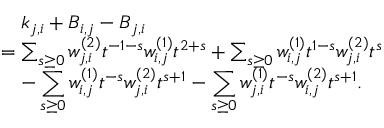
\begin{array} { r l } & { \quad k _ { j , i } + B _ { i , j } - B _ { j , i } } \\ & { = \sum _ { s \geq 0 } w _ { j , i } ^ { ( 2 ) } t ^ { - 1 - s } w _ { i , j } ^ { ( 1 ) } t ^ { 2 + s } + \sum _ { s \geq 0 } w _ { i , j } ^ { ( 1 ) } t ^ { 1 - s } w _ { j , i } ^ { ( 2 ) } t ^ { s } } \\ & { \quad - \displaystyle \sum _ { s \geq 0 } w _ { i , j } ^ { ( 1 ) } t ^ { - s } w _ { j , i } ^ { ( 2 ) } t ^ { s + 1 } - \displaystyle \sum _ { s \geq 0 } w _ { j , i } ^ { ( 1 ) } t ^ { - s } w _ { i , j } ^ { ( 2 ) } t ^ { s + 1 } . } \end{array}